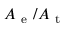
A _ { \mathrm { ~ e ~ } } / A _ { \mathrm { ~ t ~ } }